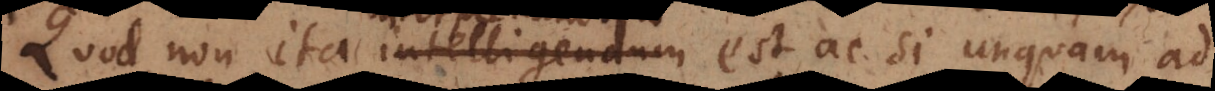
Quod non ita intelligendum est ac si unquam ad